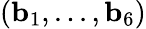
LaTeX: (\mathbf{b}_{1},...,\mathbf{b}_{6})